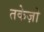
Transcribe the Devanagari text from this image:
तकेज़ो